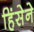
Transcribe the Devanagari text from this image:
हिंसेने